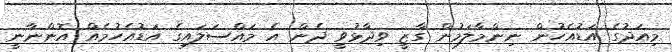
މިއަދުގެ އަޑުއެހުން ނިންމާލަމުން ގާޒީ ވިދާޅުވީ ދެން އެ މައްސަލައިގެ އަޑުއެހުމެއް އޮންނާނީ